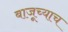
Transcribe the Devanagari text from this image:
बाजूच्याच